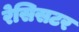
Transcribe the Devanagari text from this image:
रेसिसटर